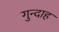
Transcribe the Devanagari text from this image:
गुन्दाह